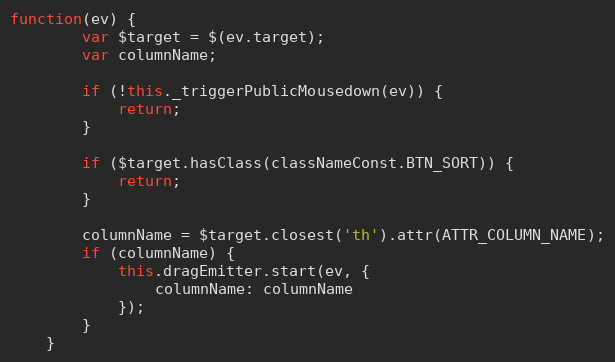
Language: JavaScript
function(ev) {
        var $target = $(ev.target);
        var columnName;

        if (!this._triggerPublicMousedown(ev)) {
            return;
        }

        if ($target.hasClass(classNameConst.BTN_SORT)) {
            return;
        }

        columnName = $target.closest('th').attr(ATTR_COLUMN_NAME);
        if (columnName) {
            this.dragEmitter.start(ev, {
                columnName: columnName
            });
        }
    }